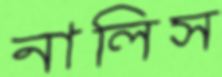
নালিস